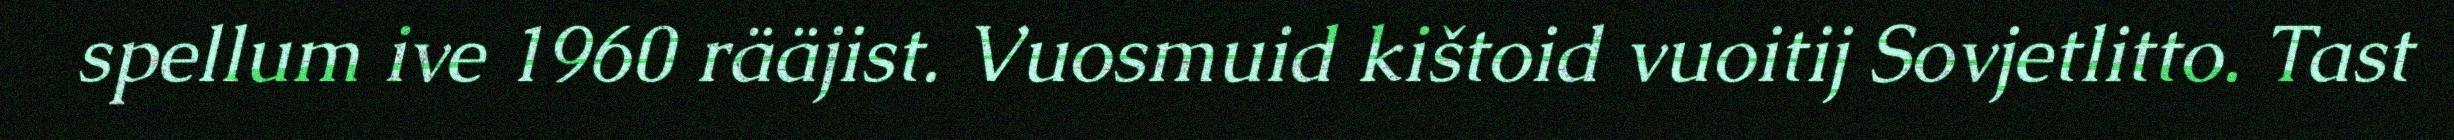
spellum ive 1960 rääjist. Vuosmuid kištoid vuoitij Sovjetlitto. Tast